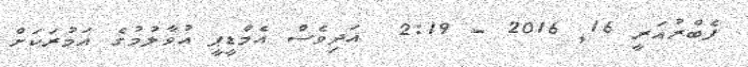
ފެބްރުއަރީ 16